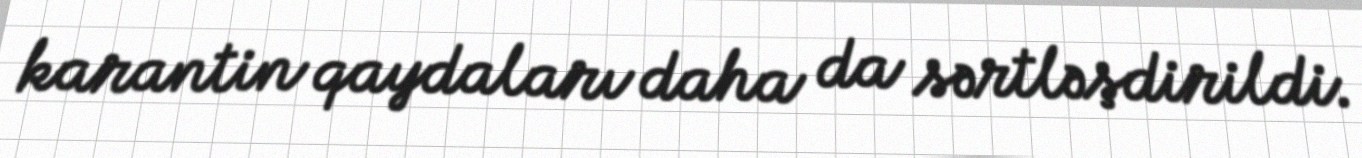
karantin qaydaları daha da sərtləşdirildi.